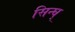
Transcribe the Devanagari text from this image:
सिन्घ्